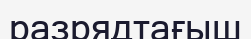
разрядтағыш